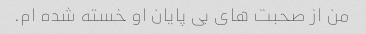
من از صحبت های بی پایان او خسته شده ام.